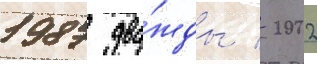
1987 два́жды / 2002